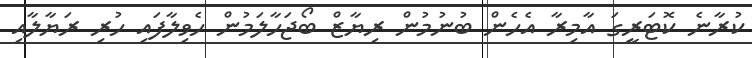
ކުރާނެ ކޮޓަރީގަ އާމިރާ އެހެން ބުނުމުން ރިޔާޒް ބޯޖަހާލަމުން ހެވިލާފައި ހުރި ރަޔާލާއި